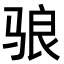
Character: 𬴀